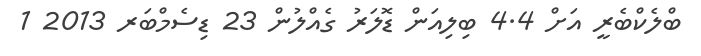
ބްލެކްބެރީ އަށް 4.4 ބިލިއަން ޑޮލަރު ގެއްލުން 23 ޑިސެމްބަރ 2013 1